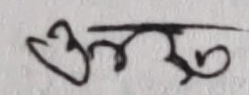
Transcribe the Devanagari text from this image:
उत्सव